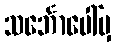
သင်္ဘောပေါ်မှ